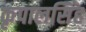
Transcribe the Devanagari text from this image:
कृपालसिंह